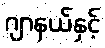
ဂျာနယ်နှင့်